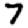
Digit: 7